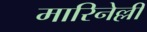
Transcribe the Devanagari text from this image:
मारिनेल्ली